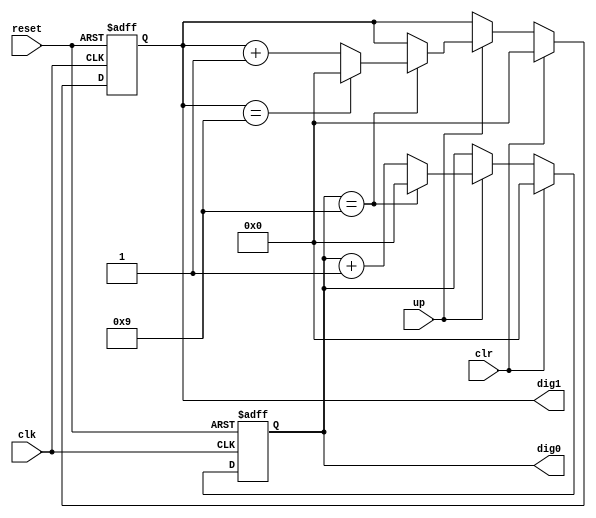
`timescale 1ns / 1ps
//////////////////////////////////////////////////////////////////////////////////
// Company: 
// Engineer: 
// 
// Design Name: 
// Module Name: score_counter
// Project Name: 
// Target Devices: 
// Tool Versions: 
// Description: 
// 
// Dependencies: 
// 
// Revision:
// Revision 0.01 - File Created
// Additional Comments:
// 
//////////////////////////////////////////////////////////////////////////////////

module score_counter(
    input clk,
    input reset,
    input up, clr,
    output [3:0] dig0, dig1
    );
    
    // signal declaration
    reg [3:0] r_dig0, r_dig1, dig0_next, dig1_next;
    
    // register control
    always @(posedge clk or posedge reset)
        if(reset) begin
            r_dig1 <= 0;
            r_dig0 <= 0;
        end
        
        else begin
            r_dig1 <= dig1_next;
            r_dig0 <= dig0_next;
        end
    
    // next state logic
    always @* begin
        dig0_next = r_dig0;
        dig1_next = r_dig1;
        
        if(clr) begin
            dig0_next <= 0;
            dig1_next <= 0;
        end
        
        else if(up)
            if(r_dig0 == 9) begin
                dig0_next = 0;
                
                if(r_dig1 == 9)
                    dig1_next = 0;
                else
                    dig1_next = r_dig1 + 1;
            end
        
            else    // dig0 != 9
                dig0_next = r_dig0 + 1;
    end
    
    // output
    assign dig0 = r_dig0;
    assign dig1 = r_dig1;
    
endmodule